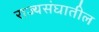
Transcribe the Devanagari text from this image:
राज्यसंघातील